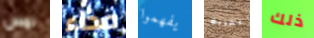
لمس حذاء يفهموا للحانة ذلك